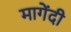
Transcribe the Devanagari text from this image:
मागेंदी